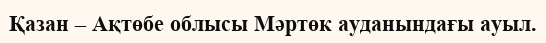
Қазан – Ақтөбе облысы Мәртөк ауданындағы ауыл.